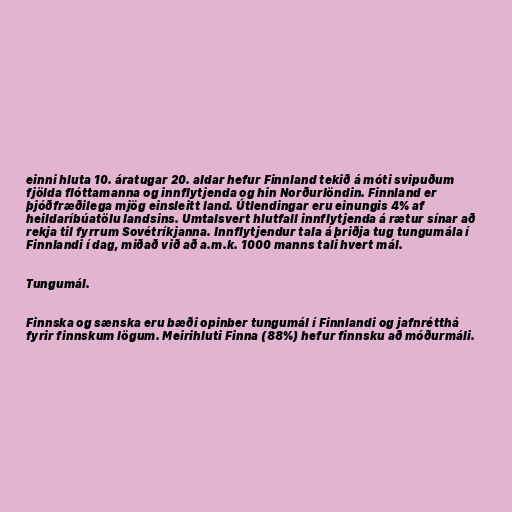
einni hluta 10. áratugar 20. aldar hefur Finnland tekið á móti svipuðum
fjölda flóttamanna og innflytjenda og hin Norðurlöndin. Finnland er
þjóðfræðilega mjög einsleitt land. Útlendingar eru einungis 4% af
heildaríbúatölu landsins. Umtalsvert hlutfall innflytjenda á rætur sínar að
rekja til fyrrum Sovétríkjanna. Innflytjendur tala á þriðja tug tungumála í
Finnlandi í dag, miðað við að a.m.k. 1000 manns tali hvert mál.

Tungumál.

Finnska og sænska eru bæði opinber tungumál í Finnlandi og jafnrétthá
fyrir finnskum lögum. Meirihluti Finna (88%) hefur finnsku að móðurmáli.